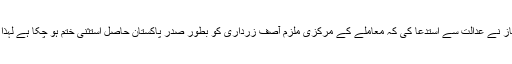
نامہ نگار شہزاد ملک کے مطابق سماعت کے دوران نیب کے پراسیکیوٹر راجہ خرم اعجاز نے عدالت سے استدعا کی کہ معاملے کے مرکزی ملزم آصف زرداری کو بطور صدرِ پاکستان حاصل استثنیٰ ختم ہو چکا ہے لہٰذا یہ ریفرنس دوبارہ کھولا جائے کیونکہ اس معاملے کی تحقیقات ہونا نہایت ضروری ہے۔